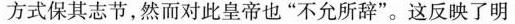
方式保其志节，然而对此皇帝也”不允所辞”。这反映了明